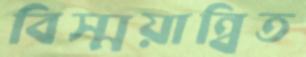
বিস্ময়ান্বিত